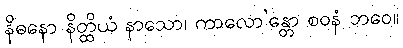
နိဓနော နိတ္ထိယံ နာသော၊ ကာလော’န္တော စဝနံ ဘဝေ။